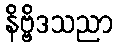
နိဗ္ဗိဒသညာ